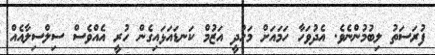
ފުރަސަތު ލިބުމުންނެވެ. އެދުވަހާ ހަމައަށް މަހުދީ އަޒުމް ކަނޑައަޅައިގެން ހުރީ އެއްވެސް ސިލްސިލާއެއް